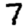
Digit: 7